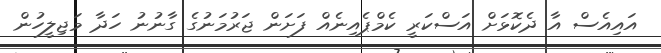
އައިއެސް އާ ދެކޮޅަށް އަސްކަރީ ކެމްޕެއިނެއް ފަށަން ޖަރުމަނުގެ ގާނުނު ހަދާ މަޖިލީހުން